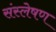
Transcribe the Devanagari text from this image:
संस्लेषण